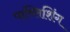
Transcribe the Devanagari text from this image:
पाब्लिशिंग